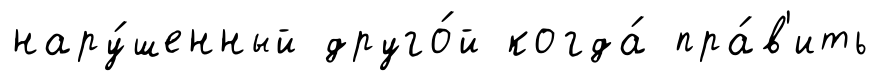
нару́шенный друго́й когда́ пра́в'ить